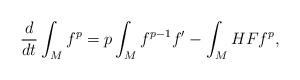
LaTeX: \begin{align*}\frac{d}{dt} \int_M f^p = p \int_M f^{p-1} f' - \int_M HF f^p,\end{align*}